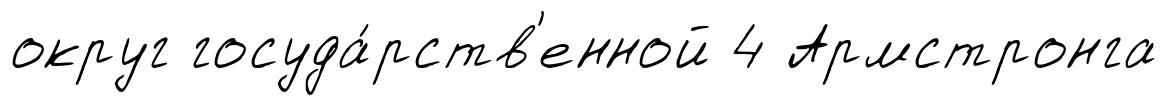
округ госуда́рств'енной 4 Армстронга